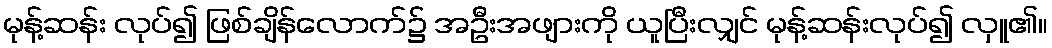
မုန့်ဆန်း လုပ်၍ ဖြစ်ချိန်လောက်၌ အဦးအဖျားကို ယူပြီးလျှင် မုန့်ဆန်းလုပ်၍ လှူ၏။